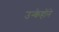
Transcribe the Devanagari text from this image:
उन्केहोंने